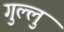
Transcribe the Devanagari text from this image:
गुल्लु